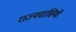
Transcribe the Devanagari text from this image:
राज्यवासियों